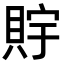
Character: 𧵴